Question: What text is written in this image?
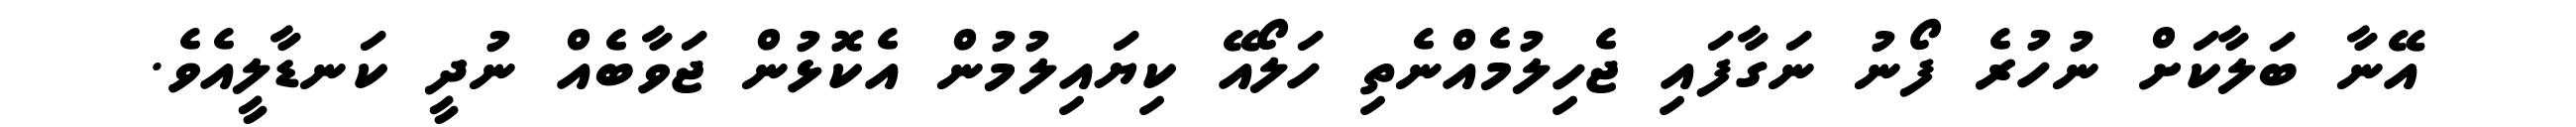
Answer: އޭނާ ބަލާކަށް ނުހުރެ ފޯނު ނަގާފައި ޖެހިލުމެއްނެތި ހަލޯއޭ ކިޔައިލުމުން އެކޮޅުން ޖަވާބެއް ނުދީ ކަނޑާލީއެވެ.